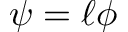
\psi = \ell \phi